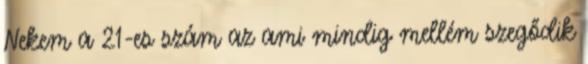
Nekem a 21-es szám az ami mindig mellém szegődik